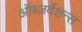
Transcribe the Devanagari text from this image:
ऑब्ज़र्वेशन्स